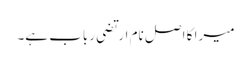
میرا کا اصل نام ارتضی رباب ہے۔